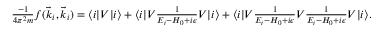
\begin{array} { r } { \frac { - 1 } { 4 \pi ^ { 2 } m } f ( \vec { k } _ { i } , \vec { k } _ { i } ) = \langle i \lvert V \lvert i \rangle + \langle i \lvert V \frac { 1 } { E _ { i } - H _ { 0 } + i \epsilon } V \lvert i \rangle + \langle i \lvert V \frac { 1 } { E _ { i } - H _ { 0 } + i \epsilon } V \frac { 1 } { E _ { i } - H _ { 0 } + i \epsilon } V \lvert i \rangle . } \end{array}